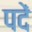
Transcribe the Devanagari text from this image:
पदें